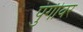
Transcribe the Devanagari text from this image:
पुंगीवर